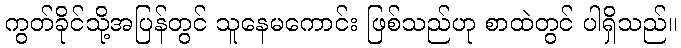
ကွတ်ခိုင်သို့အပြန်တွင် သူနေမကောင်း ဖြစ်သည်ဟု စာထဲတွင် ပါရှိသည်။